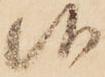
候